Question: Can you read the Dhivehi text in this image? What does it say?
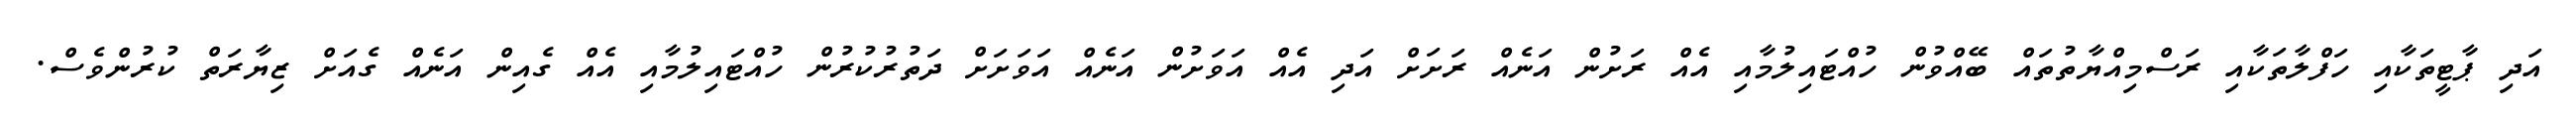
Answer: އަދި ޕާޓީތަކާއި ހަފްލާތަކާއި ރަސްމިއްޔާތުތައް ބޭއްވުން ހުއްޓައިލުމާއި އެއް ރަށުން އަނެއް ރަށަށް އަދި އެއް އަވަށުން އަނެއް އަވަށަށް ދަތުރުކުރުން ހުއްޓައިލުމާއި އެއް ގެއިން އަނެއް ގެއަށް ޒިޔާރަތް ކުރުންވެސް.